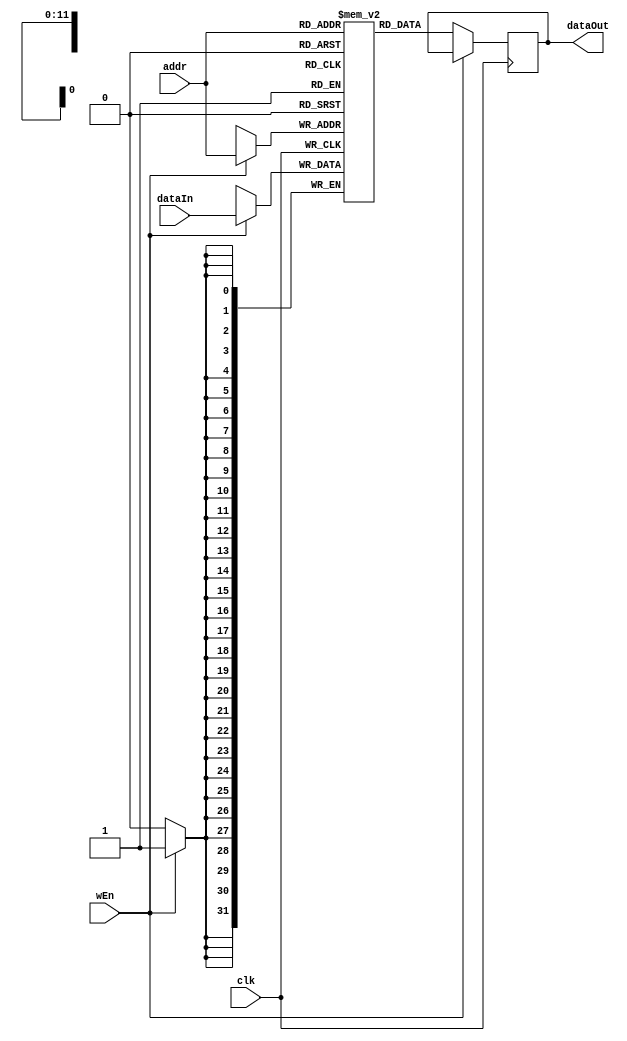
`timescale 1ns / 1ps
module RAM1 #( parameter DATA_WIDTH = 32, ADDRESS_WIDTH = 12, DEPTH = 4096) (
    input wire                     clk,
    input wire                     wEn,
    input wire [ADDRESS_WIDTH-1:0] addr,
    input wire [DATA_WIDTH-1:0]    dataIn,
    output reg [DATA_WIDTH-1:0]    dataOut = 0);
    
    reg[DATA_WIDTH-1:0] MemoryArray[0:DEPTH-1];
    
    integer i;
    initial begin
        for (i = 0; i < DEPTH; i = i + 1) begin
            MemoryArray[i] <= 0;
        end
//         if(MEMFILE > 0) begin
//             $readmemh(MEMFILE, MemoryArray);
//         end
    end
    
    always @(posedge clk) begin
        if(wEn) begin
            MemoryArray[addr] <= dataIn;
        end else begin
            dataOut <= MemoryArray[addr];
        end
    end
endmodule